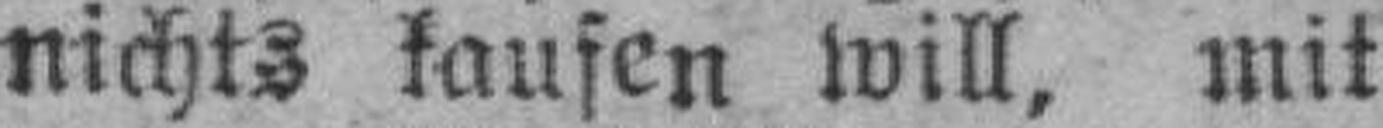
nichts kaufen will, mit